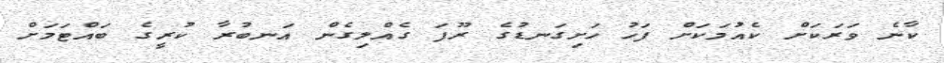
ކާނެ ވަރަކަށް ކެއުމަކަށް ފަހު ހަށިގަނޑުގެ ރޫފަ ގެއްލިގެން އަނބުރާ ކުރީގެ ބައްޓަމަށް